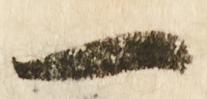
一